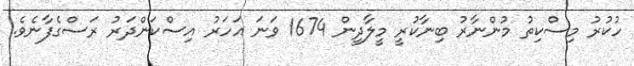
ހުކުރު މިސްކިތު މުންނާރު ބިނާކުރީ މީލާދީން 1674 ވަނަ އަހަރު އިސްކަންދަރު ރަސްގެފާނެވެ.